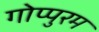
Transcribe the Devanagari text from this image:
गोप्पुरम